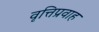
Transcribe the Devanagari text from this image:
वृत्तिप्रवाह